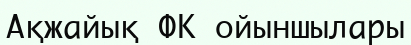
Ақжайық ФК ойыншылары